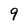
Character: 9